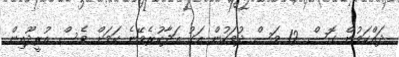
ދައްކަމުން ގޮސް 12 މަސް ދުވަހުން އަގު އަދާކުރެވޭނެ ކަމަށް ވެސް އުރީދޫއިން